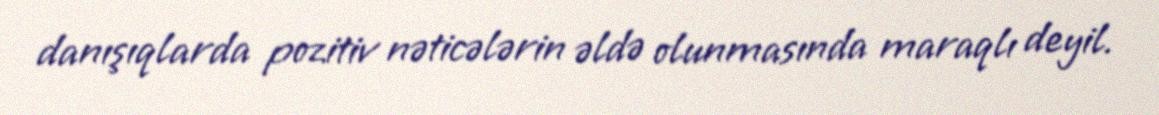
danışıqlarda pozitiv nəticələrin əldə olunmasında maraqlı deyil.